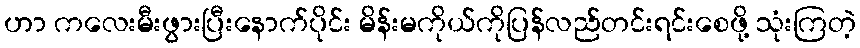
ဟာ ကလေးမီးဖွားပြီးနောက်ပိုင်း မိန်းမကိုယ်ကိုပြန်လည်တင်းရင်းစေဖို့ သုံးကြတဲ့